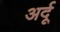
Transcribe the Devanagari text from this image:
अर्दू